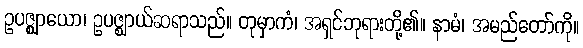
ဥပဇ္ဈာယော၊ ဥပဇ္ဈာယ်ဆရာသည်။ တုမှာကံ၊ အရှင်ဘုရားတို့၏။ နာမံ၊ အမည်တော်ကို။